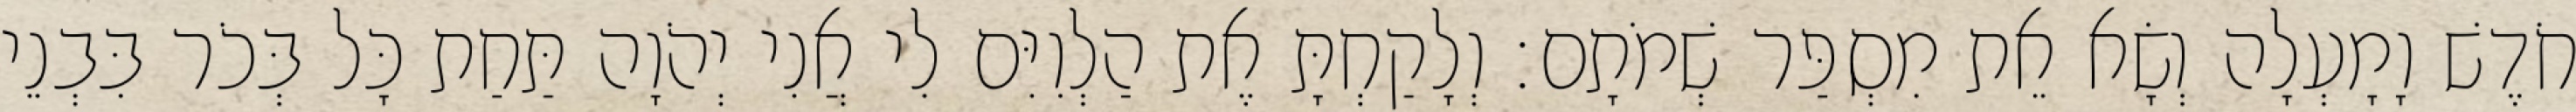
חֹדֶשׁ וָמָעְלָה וְשָׂא אֵת מִסְפַּר שְׁמֹתָם׃ וְלָקַחְתָּ אֶת הַלְוִיִּם לִי אֲנִי יְהֹוָה תַּחַת כָּל בְּכֹר בִּבְנֵי